Leaving Certificate Examination (including Day School Certificate (Higher) General paper), 1937
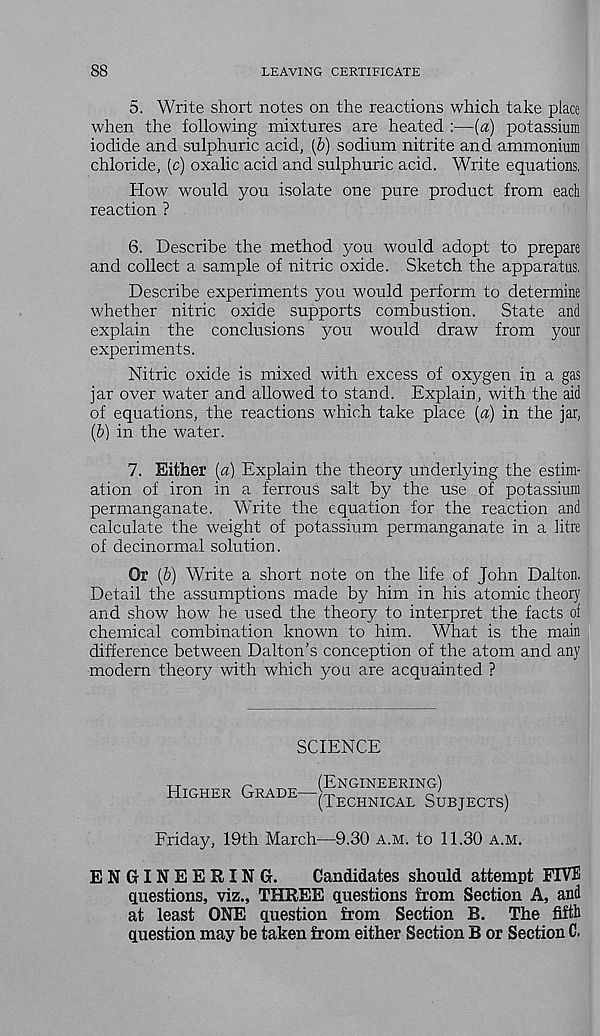
88
LEAVING CERTIFICATE
5. Write short notes on the reactions which take place
when the following mixtures are heated :—{a) potassium
iodide and sulphuric acid, (&) sodium nitrite and ammonium
chloride, (c) oxalic acid and sulphuric acid. Write equations.
How would you isolate one pure product from each
reaction ?
6. Describe the method you would adopt to prepare
and collect a sample of nitric oxide. Sketch the apparatus.
Describe experiments you would perform to determine
whether nitric oxide supports combustion.
State and
explain the conclusions you would draw from your
experiments.
Nitric oxide is mixed with excess of oxygen in a gas
jar over water and allowed to stand. Explain, with the aid
of equations, the reactions which take place [a) in the jar,
(&) in the water.
7. Either [a) Explain the theory underlying the estim-
ation of iron in a ferrous salt by the use of potassium
permanganate. Write the equation for the reaction and
calculate the weight of potassium permanganate in a litre
of decinormal solution.
Or [b) Write a short note on the life of John Dalton.
Detail the assumptions made by him in his atomic theory
and show how he used the theory to interpret the facts of
chemical combination known to him. What is the main
difference between Dalton’s conception of the atom and any
modern theory with which you are acquainted ?
SCIENCE
Higher Grade—
(Engineering)
(Technical Subjects)
Friday, 19th March—9.30 a.m. to 11.30 a.m.
ENGINEERING.
Candidates should attempt FIVE
questions, viz., THREE questions from Section A, and
at least ONE question from Section B.
The fifth
question may be taken from either Section B or Section C.